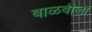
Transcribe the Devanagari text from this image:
वाळवीला